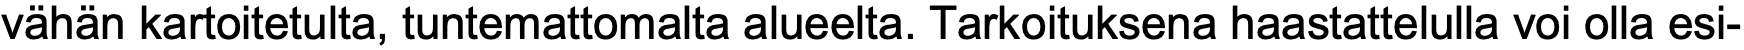
vähän kartoitetulta, tuntemattomalta alueelta. Tarkoituksena haastattelulla voi olla esi-